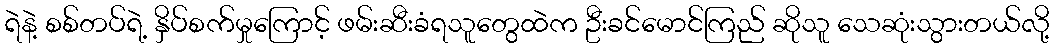
ရဲနဲ့ စစ်တပ်ရဲ့ နှိပ်စက်မှုကြောင့် ဖမ်းဆီးခံရသူတွေထဲက ဦးခင်မောင်ကြည် ဆိုသူ သေဆုံးသွားတယ်လို့